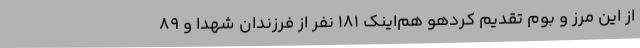
از این مرز و بوم تقدیم کردهو هم‌اینک 181 نفر از فرزندان شهدا و 89